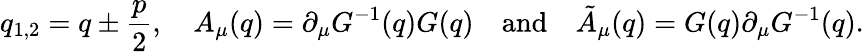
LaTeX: q_{1,2}=q\pm\frac{p}{2},\quad A_{\mu}(q)=\partial_{\mu}G^{-1}(q)G(q)\quad\mathrm{and}\quad\tilde{A}_{\mu}(q)=G(q)\partial_{\mu}G^{-1}(q).